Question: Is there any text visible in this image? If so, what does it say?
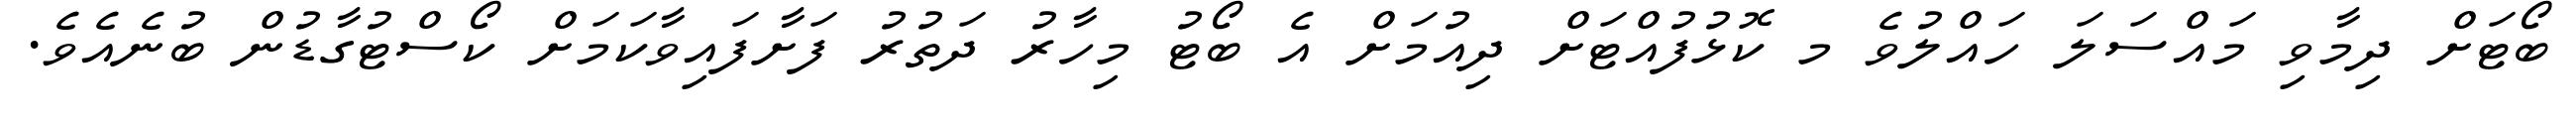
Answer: ބޯޓަށް ދިމާވި މައްސަލަ ހައްލުވެ މ ކޮޅުފުއްޓަށް ދިއުމަށް އެ ބޯޓު މިހާރު ދަތުރު ފަށާފައިވާކަމަށް ކޯސްޓުގާޑުން ބުނެއެވެ.